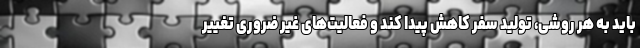
باید به هر روشی، تولید سفر کاهش پیدا کند و فعالیت‌های غیر ضروری تغییر